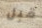
قبل